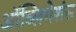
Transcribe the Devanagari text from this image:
ऑब्लिगेशंस